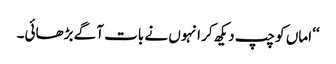
‘‘ اماں کو چپ دیکھ کر انہوں نے بات آگے بڑھائی۔